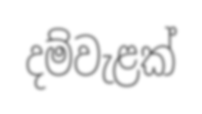
දම්වැළක්